Lunatic asylums Central Provinces reports 1895-1909 - 1895-1909
Year: 1895
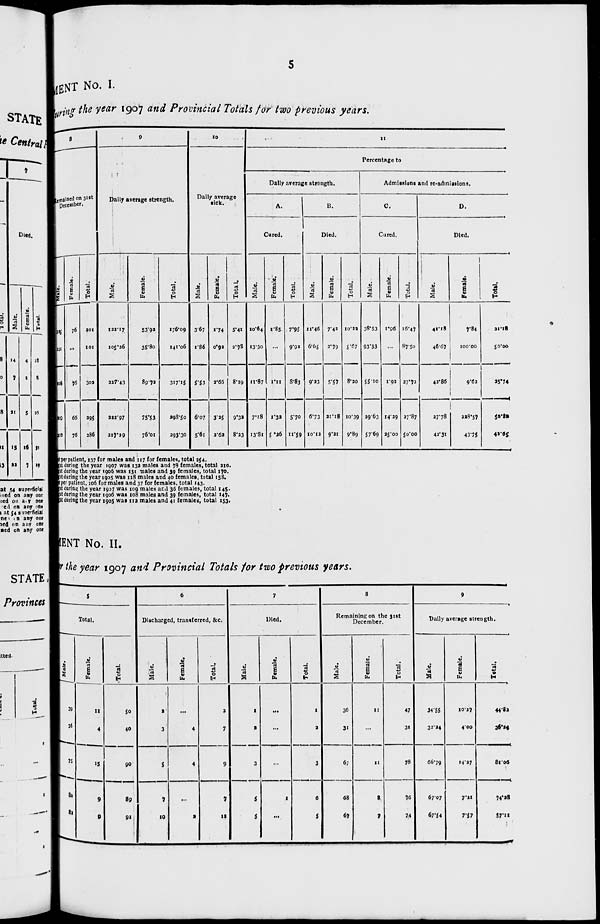
5
MENT No. I.
during the year 1907 and Provincial Totals for two previous years.
8
Remained on 31st
December.
Male.
25
101
226
129
110
Female.
76
...
76
66
76
Total.
201
101
302
295
286
9
Daily average strength.
Male.
122.17
105.26
227.43
222.97
217.29
Female.
53.92
35.80
89.72
75.53
76.01
Total.
176.09
141.06
317.15
298.50
293.30
10
Daily average
sick.
Male.
3.67
1.86
5.53
6.07
5.61
Female.
1.74
0.92
2.66
3.25
2.62
Total.
5.41
2.78
8.19
9.32
8.23
11
Percentage to
Dally average strength.
A.
Cured.
Male.
10.64
13.30
11.87
7.18
13.81
Female.
1.85
...
1.11
1.32
5.26
Total.
7.95
9.92
8.83
5.70
11.59
B.
Died.
Male.
11.46
6.65
9.23
6.73
10.12
Female.
7.42
2.79
5.57
21.18
9.21
Total.
10.22
5.67
8.20
10.39
9.89
Admissions and re-admissions.
C.
Cured.
Male.
38.53
93.33
55.10
29.63
57.69
Female.
1.96
...
1.92
14.29
25.00
Total.
16.47
87.50
27.72
27.87
50.00
D.
Died.
Male.
41.18
46.67
42.86
27.78
42.31
Female.
7.84
100.00
9.62
228.57
43.75
Total.
21.18
50.00
25.74
50.82
42.65
night
per patient, 137 for males and 117 for females, total 254.
night during the year 1907 was 132 males and 78 females, total 210.
night during the year 1906 was 131 males and 39 females, total 170.
night during the year 1905 was 118 males and 40 females, total 158.
night per patient, 106 for males and 37 for females, total 143.
night during the year 1907 was 109 males and 36 females, total 145.
night during the year 1906 was 108 males and 39 females, total 147.
night during the year 1905 was 112 males and 41 females, total 153.
ENT No. II.
the year 1907 and Provincial Totals for two previous years.
5
Total.
Male.
39
36
75
80
82
Female.
11
4
15
9
9
Total.
50
40
90
89
91
6
Discharged, transferred, &c.
Male.
2
3
5
7
10
Female.
...
4
4
...
2
Total.
2
7
9
7
12
7
Died.
Male.
1
2
3
5
5
Female.
...
...
...
1
...
Total.
1
2
3
6
5
8
Remaining on the 31st
December.
Male.
36
31
67
68
67
Female.
11
...
11
8
7
Total.
47
31
78
76
74
9
Daily average strength.
Male.
34.55
32.24
66.79
67.07
67.54
Female.
10.27
4.00
14.27
7.21
7.57
Total.
44.82
36.24
81.06
74.28
57.11